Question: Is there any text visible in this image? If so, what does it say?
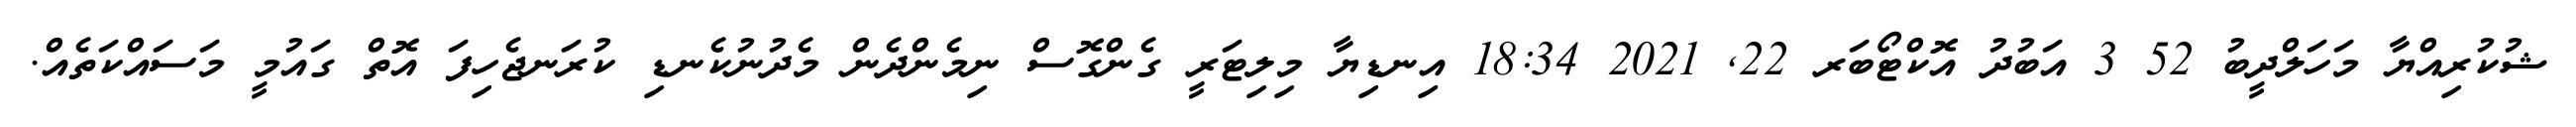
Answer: ޝުކުރިއްޔާ މަހަލްދީބު 52 3 އަބުދު އޮކްޓޯބަރ 22, 2021 18:34 އިނޑިޔާ މިލިޓަރީ ގެންގޮސް ނިމެންދެން މެދުނުކެނޑި ކުރަނޖެހިފަ އޮތް ގައުމީ މަސައްކަތެއް.